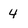
Character: 4